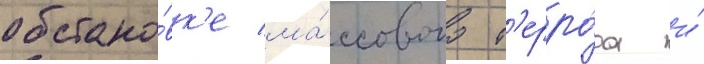
обстано́вк'е ма́ссового т'ерро́ра и́